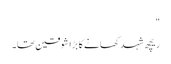
"
ریچھ شہد کھانے کا بڑا شوقین تھا۔